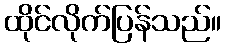
ထိုင်လိုက်ပြန်သည်။